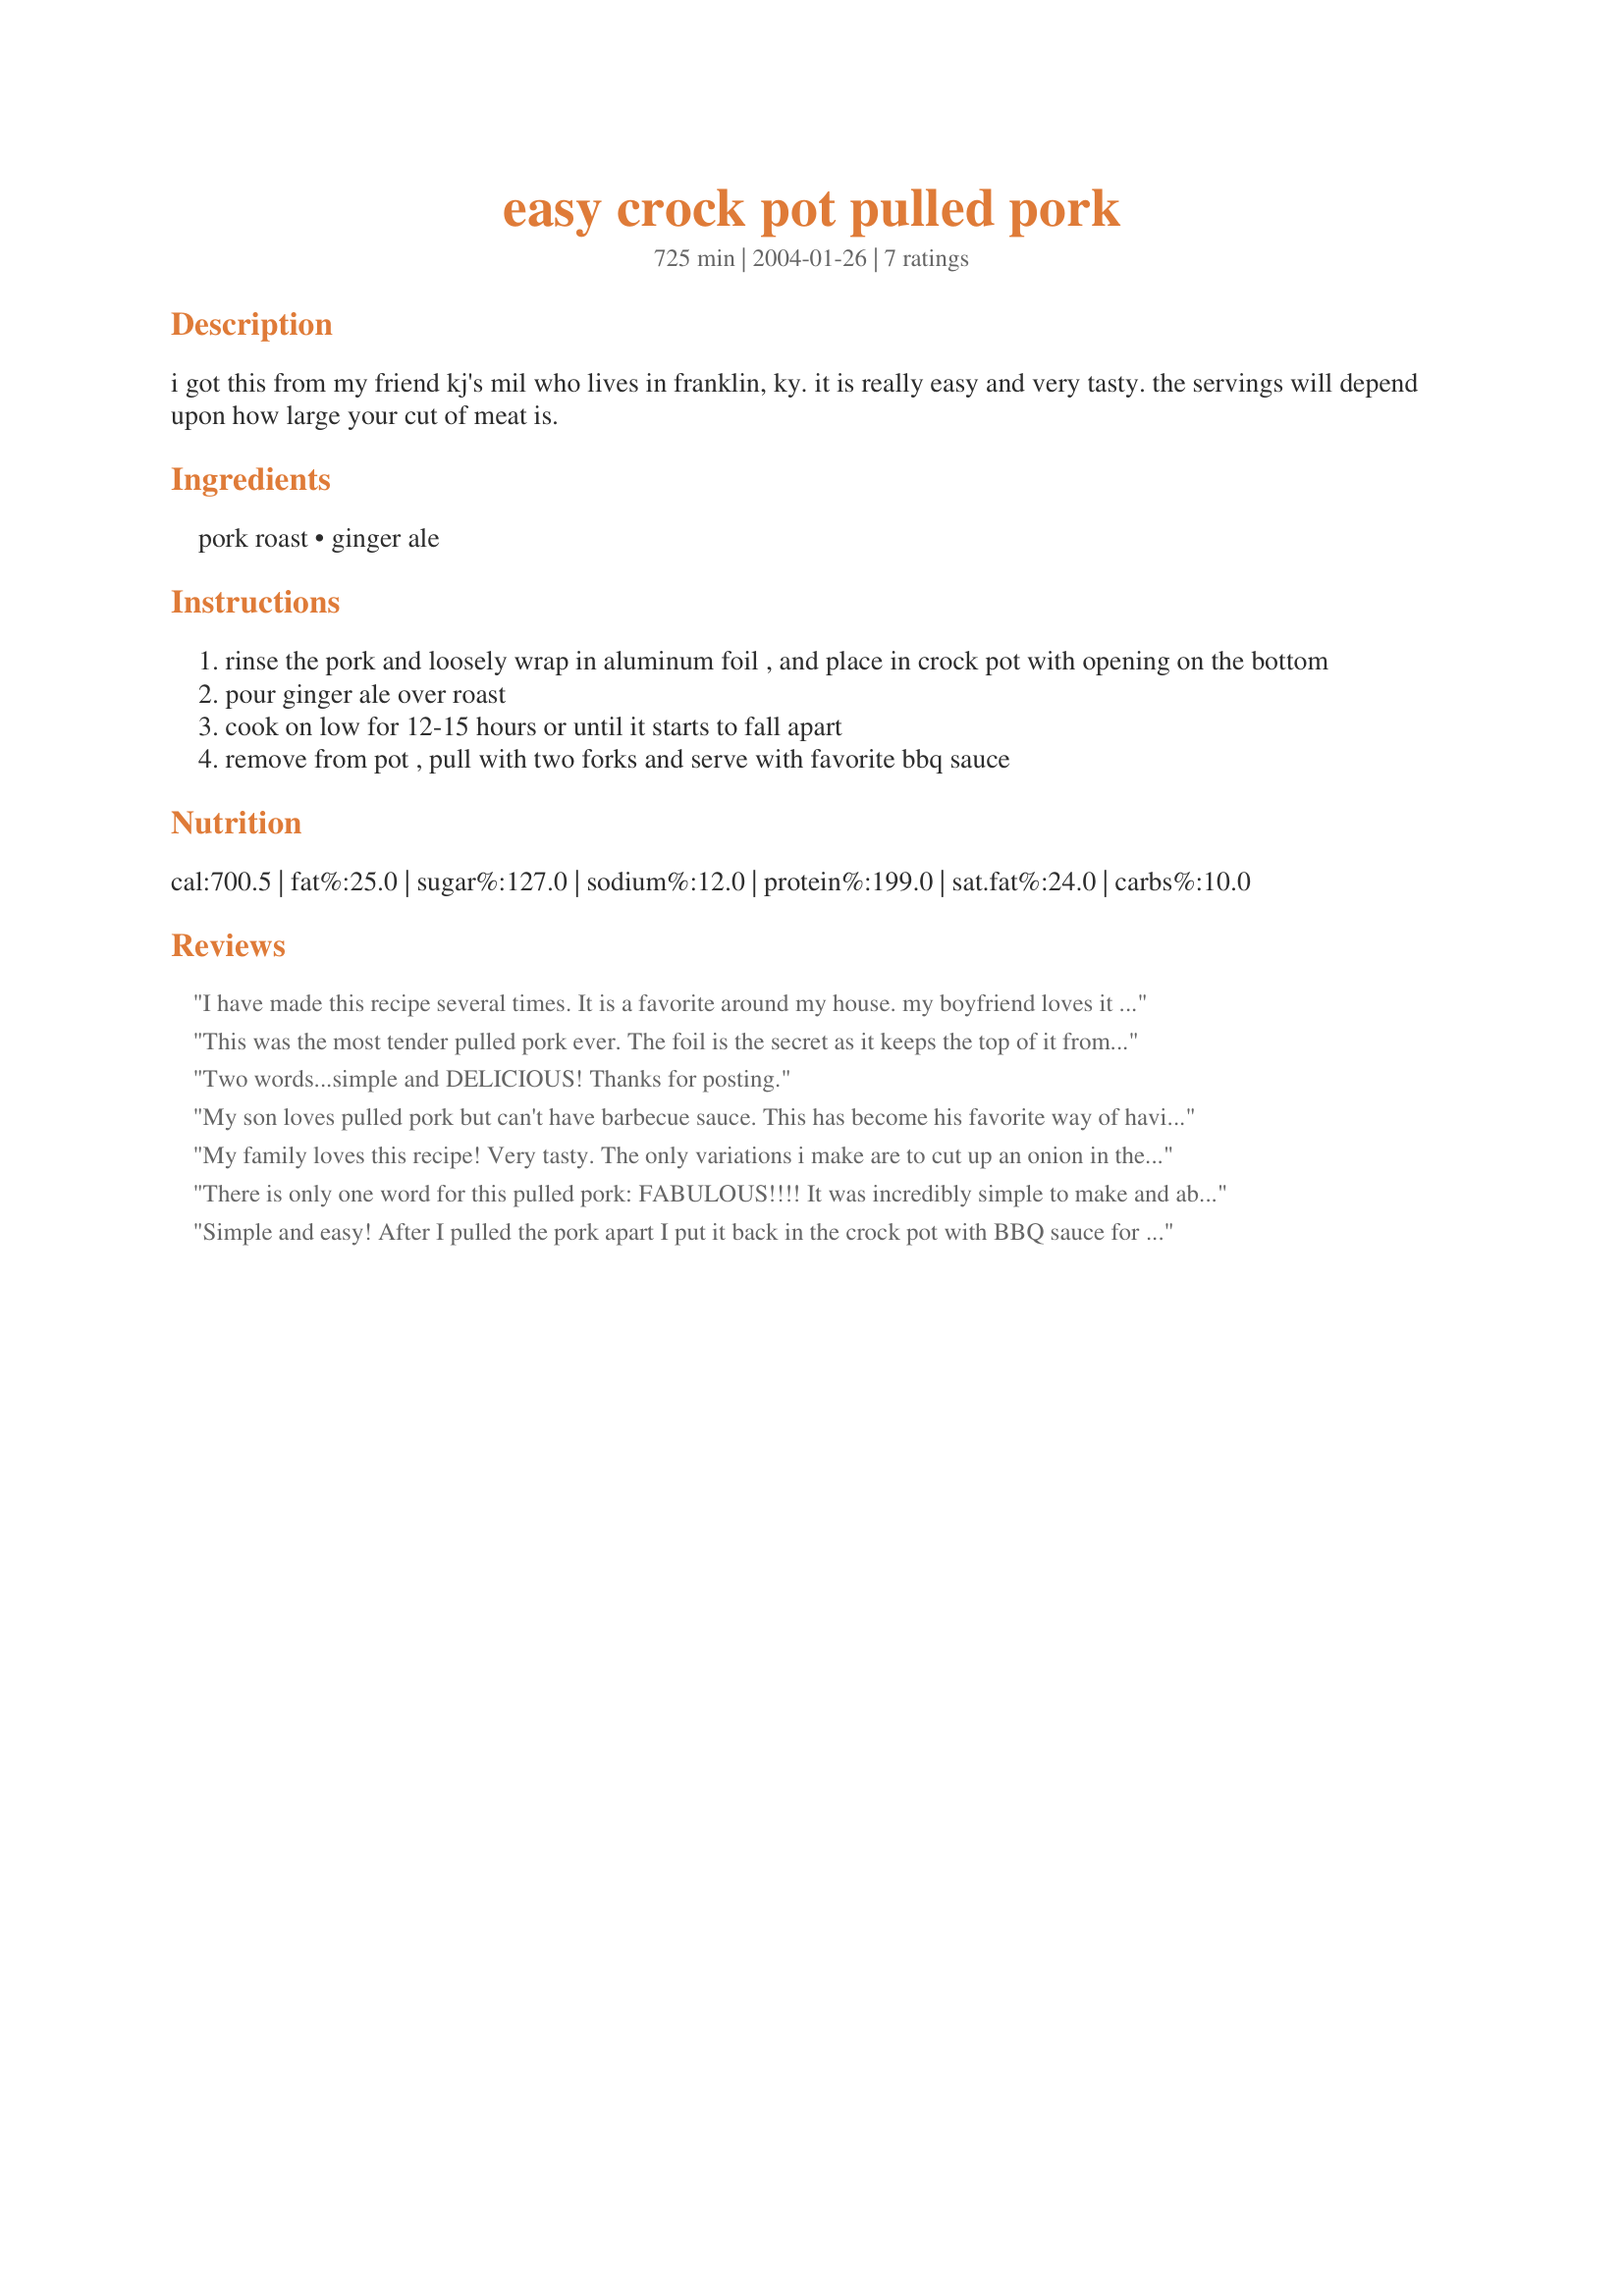
easy crock pot pulled pork
Preparation time: 725 minutes

i got this from my friend kj's mil who lives in franklin, ky. it is really easy and very tasty. the servings will depend upon how large your cut of meat is.

Ingredients:
pork roast, ginger ale

Steps:
rinse the pork and loosely wrap in aluminum foil , and place in crock pot with opening on the bottom
pour ginger ale over roast
cook on low for 12-15 hours or until it starts to fall apart
remove from pot , pull with two forks and serve with favorite bbq sauce

Reviews:
I have made this recipe several times. It is a favorite around my house. my boyfriend loves it and we often have friends over when we eat it. our favorite restraunt is sonny's bbq and this is just as good and alot cheaper. thanks!
This was the most tender pulled pork ever. The foil is the secret as it keeps the top of it from drying out. I added a bottle of barbque sauce to the ginger ale so both cooked together. The meat just fell apart and shredded very easily. I then mixed in more barbque sauce after shredding. Everyone love it. Thanks for sharing this. I may use the foil method when cooking beef in the crock pot as well.
Two words...simple and DELICIOUS! Thanks for posting.
My son loves pulled pork but can't have barbecue sauce. This has become his favorite way of having his pulled pork. So simple to do. Have used rootbeer and not enjoyed as much as this recipe.
My family loves this recipe! Very tasty. The only variations i make are to cut up an onion in the bottom and set the roast directly on top of them (no foil). After 12 hours I remove the onions, shred the meat, add the bbq sauce and cook on low another 3-4 hours. My only complaint is the amount of time it takes to cook.
There is only one word for this pulled pork: FABULOUS!!!! It was incredibly simple to make and absolutely impossible to resist! I can't wait for those summer barbecue parties!
Simple and easy! After I pulled the pork apart I put it back in the crock pot with BBQ sauce for 1-2 hrs. Will use this recipe again!!!
